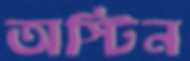
অস্টিন